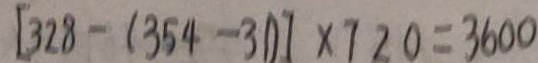
[ 3 2 8 - ( 3 5 4 - 3 1 ) ] \times 7 2 0 = 3 6 0 0